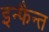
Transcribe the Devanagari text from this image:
इन्फैन्त